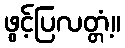
ဖွင့်ပြလတ္တံ့။